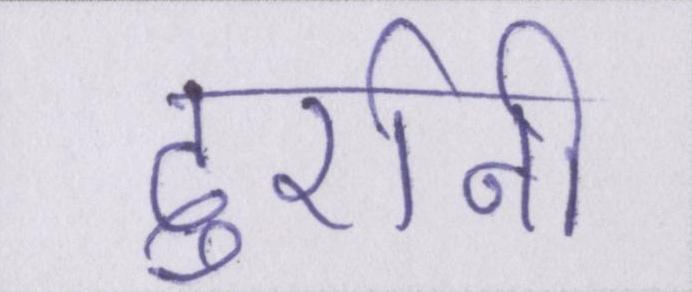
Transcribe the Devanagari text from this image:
दुर्रानी